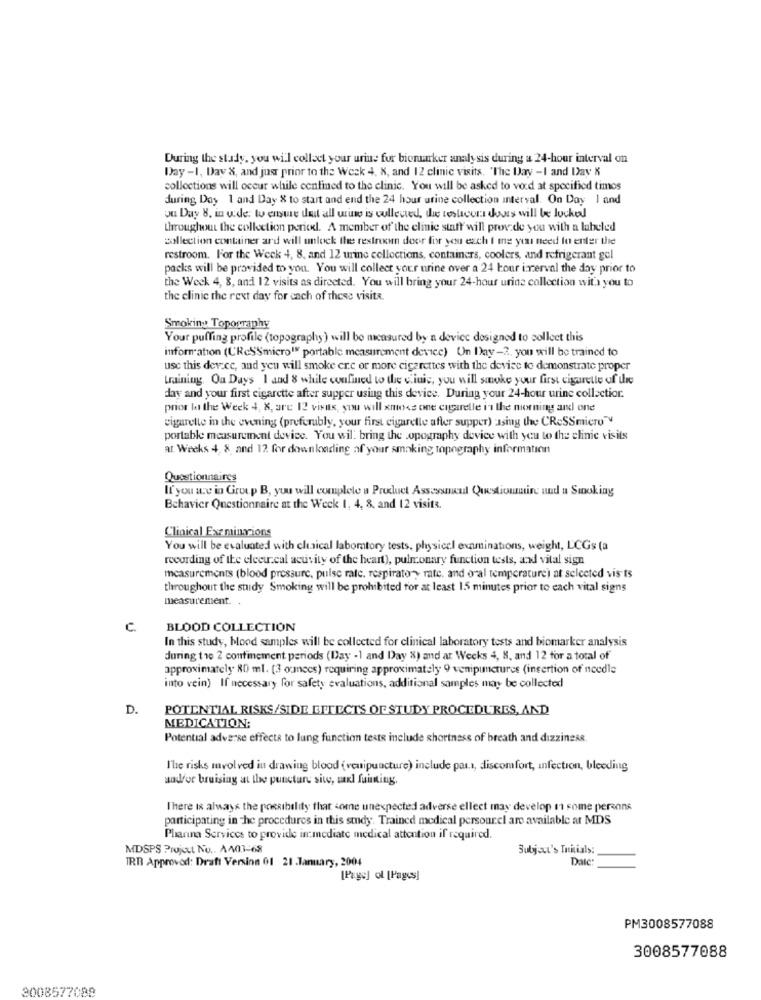
During the study, you will collect your urine fur biomarker analy sis during a 24-hour interval on
Day -1, Day &, and just prior to the Week 4, X, and 12 clinic visits. "The Day -I and Day X
collections will occur while confined to the clinic. You will be asked to vod at specified times
during Day 1 and Day & to start and end the 24 hour urine collection interval. On Day I and
on Day 8. in ude: to ensure doit all urino is collected, die teslacori dosts will be locked
throughout the collection perickl. A member of the clinic staff' will provide you with a labeled
collection container ard will unlock the restroom door for you each I me you need to enter the
restroom. For the Week 4, 8, and 12 urine collections, containers, coolers, and refrigerant gel
packs will be provided to you. You will collect your urine over a 24 hour interval the day prior to
the Week 4, 8, and 12 visits as directed. You will bring your 24-hour urine collection wita you to
the clinic the rest day for each of these visits.
Smoking Topography
Your puffing profile (topography) will be measured by a device designed to collect this
information (C'ReSSmicro" portable measurement device) Un Day-2. you will be trained to
use this dev.cc, and you will smoke er.c or more cigarettes with the device to demonstrate proper
training. Ou Days 1 and 8 while confined to the ciuic, you will smoke your first cigarette of the
day and your first cigarette after supper using this device. During your 24-hour urine collection.
prior la the Week 4, 8, are 12 visas, you will xmoss one cigarelle in the morning and one
cigarette in the evening (preferably, your first cigaretle after supper) :asing the CReSSmicro"
portable measurement device. You wil. bring the opography device with you to the clinic visits
at Weeks 4, 8, and 12 for downloading af your smaking topography information
Questionnaires
If you are in Group B, you will complete a Product Assessment Questionnaire und a Smoking
Bchavier Questionnaire at the Week 1, 4, 8, and 12 visits.
Clinical Exr mimarions
You will be evaluated with claical laboratory tests, physical examinations, weight, L'CGs (a
recording of the elecu.cal activity of the heart), pulmonary function tests, and vital sign
measurements (blood pressure, pulse rate, respiratory rate, and oral temperature) at selected vis ts
throughout the study Smoking will be prohibited for at least 1.5 minutes prior to each vital signs
measurement. .
C.
BLOOD COLLECTION
In this study, blood samples will be collected for clinical laboratory tests and biomarker analysis
during the 2 confinement periods (Day -1 and Day %) and at Weeks 4, 8, and 12 for a total of
approximately 80 ml. [3 ounces) requiring approximately 9 venipunctures (insertion of needle
into vein) If necessary for safety evaluations, additional samples may be collected
D.
POTENTIAL RISKS/SIDE GITECTS OF STUDY PROCEDURES, AND
MEDICATION:
Potential adverse effects to lung function tests include shortness of breath and dizziness.
The risks mvol ved in drawing blood (venipuncture) include part, discomfort, infection, bleeding
andfor bruising at the puncture site, sarl fuining.
There is always the possibility that some unexpected adverse ellect may develop 11 some persons
participating in The procedures in this study. Trained medical persourel are available at MDS
Phanna Services to provide inmediato medical attention if required.
MDSPS Project Nu .. A403-68
Subject's Initials:
TRB Approved: Draft Version 01 21 .January, 2004
Datc
[Page] ol [Pages]
PM3008577088
3008577088
3008577088